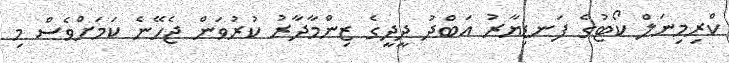
ކްރިމިނަލް ކޯޓުގެ ފަނޑިޔާރު އަބްދު ދީދީގެ ޒިންމާދާރު ކުރުވަން ޖެހޭނެ ކަމަށްވެސް މި